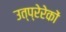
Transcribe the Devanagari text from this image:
उत्प्रेरेकों